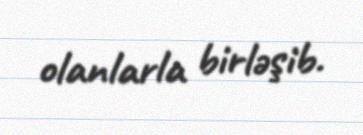
olanlarla birləşib.